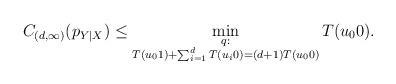
LaTeX: \begin{align*} C_{(d,\infty)}(p_{Y|X})\le \min_{\substack{q:\\T(u_01)+\sum_{i=1}^dT(u_i0)=(d+1)T(u_00)}}T(u_00).\end{align*}